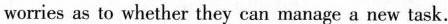
worries as to whether they can manage a new task.